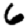
Digit: 6